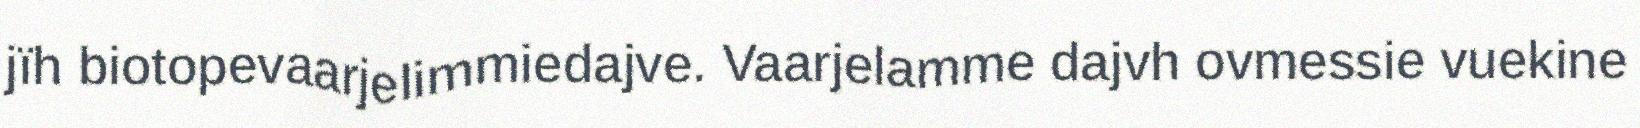
jïh biotopevaarjelimmiedajve. Vaarjelamme dajvh ovmessie vuekine